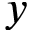
y